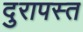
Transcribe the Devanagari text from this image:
दुरापस्त